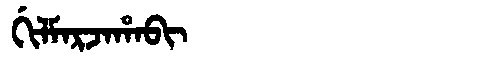
Manchu: ᡤᡳᠯᠮᠠᡵᠵᠠᡥᠠᠪᡳ
Romanization: GILMARJAHABI